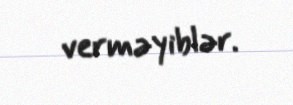
verməyiblər.